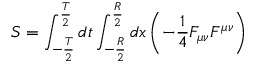
S = \int _ { - { \frac { T } { 2 } } } ^ { { \frac { T } { 2 } } } d t \int _ { - { \frac { R } { 2 } } } ^ { { \frac { R } { 2 } } } d x \left( - { \frac { 1 } { 4 } } F _ { \mu \nu } F ^ { \mu \nu } \right)